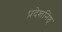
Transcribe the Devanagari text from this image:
प्रदेशनिष्ठ्